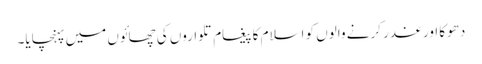
دھوکا اور غدر کرنے والوں کو اسلام کا پیغام تلواروں کی چھائوں میں پہنچایا۔